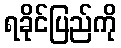
ရခိုင်ပြည်ကို